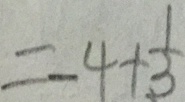
= - 4 + \frac { 1 } { 3 }